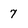
Character: 7